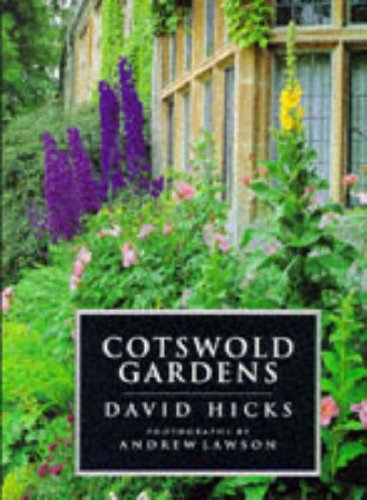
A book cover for Cotswold Gardens; David Hicks; Crafts, Hobbies & Home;